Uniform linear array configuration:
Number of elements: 12
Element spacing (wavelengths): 1
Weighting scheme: hamming
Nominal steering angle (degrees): -15
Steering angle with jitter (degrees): -13.389
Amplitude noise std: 0.05
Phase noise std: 0.05

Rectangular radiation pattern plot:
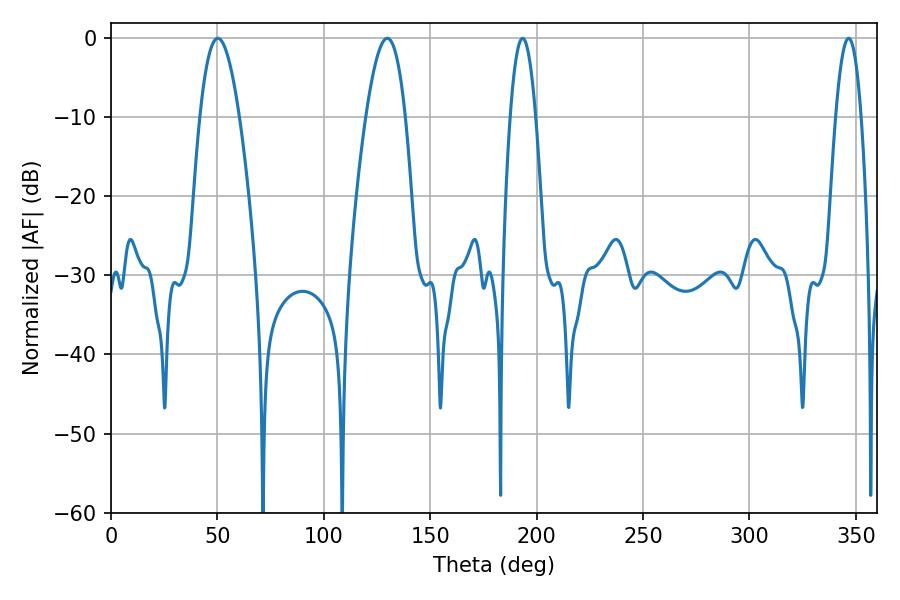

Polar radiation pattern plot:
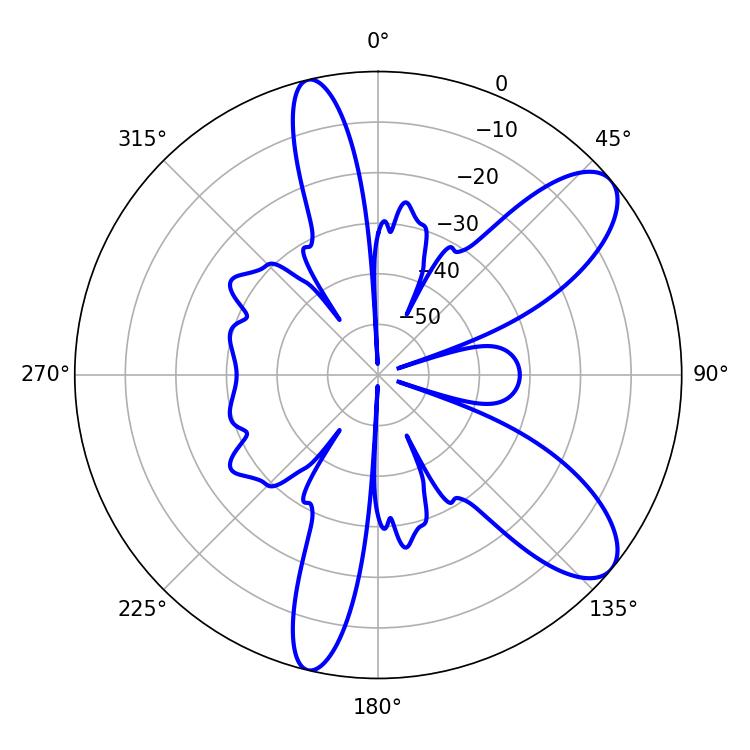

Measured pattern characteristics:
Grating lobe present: TRUE
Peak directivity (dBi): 9.294
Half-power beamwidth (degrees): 10.08
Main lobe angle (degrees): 129.78